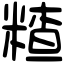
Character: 𥻗